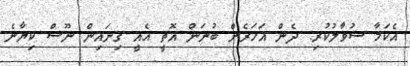
އެކަމާ ސުވާލުކުރި. ދެން އަހަރެން ބުނަން އޮތީ އެއީ ގިނައިން ނޫސް ކިޔާނެ